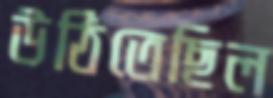
উঠিতেছিল